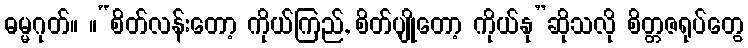
ဓမ္မဂုတ်။ ။“စိတ်လန်းတော့ ကိုယ်ကြည်, စိတ်ပျိုတော့ ကိုယ်နု”ဆိုသလို စိတ္တဇရုပ်တွေ